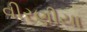
વીરણીયા